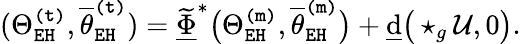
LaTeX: (\Theta_{\mathtt{EH}}^{\mathtt{(t)}},\overline{{\theta}}_{\mathtt{EH}}^{\mathtt{(t)}})=\underline{{\widetilde{\Phi}}}^{*}\big(\Theta_{\mathtt{EH}}^{\mathtt{(m)}},\overline{{\theta}}_{\mathtt{EH}}^{\mathtt{(m)}}\big)+\underline{{\mathrm{d}}}\big(\star_{g}\mathcal{U},0\big).